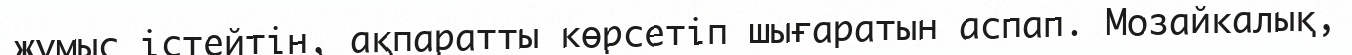
жұмыс істейтін, ақпаратты көрсетіп шығаратын аспап. Мозайкалық,